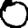
Digit: 0